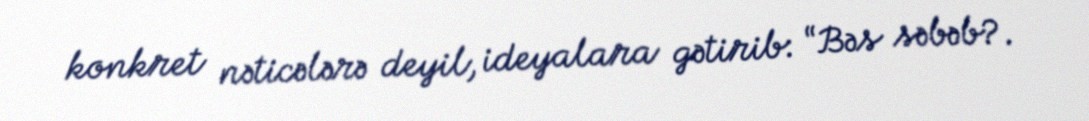
konkret nəticələrə deyil, ideyalara gətirib: “Bəs səbəb?.